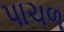
પાચળ